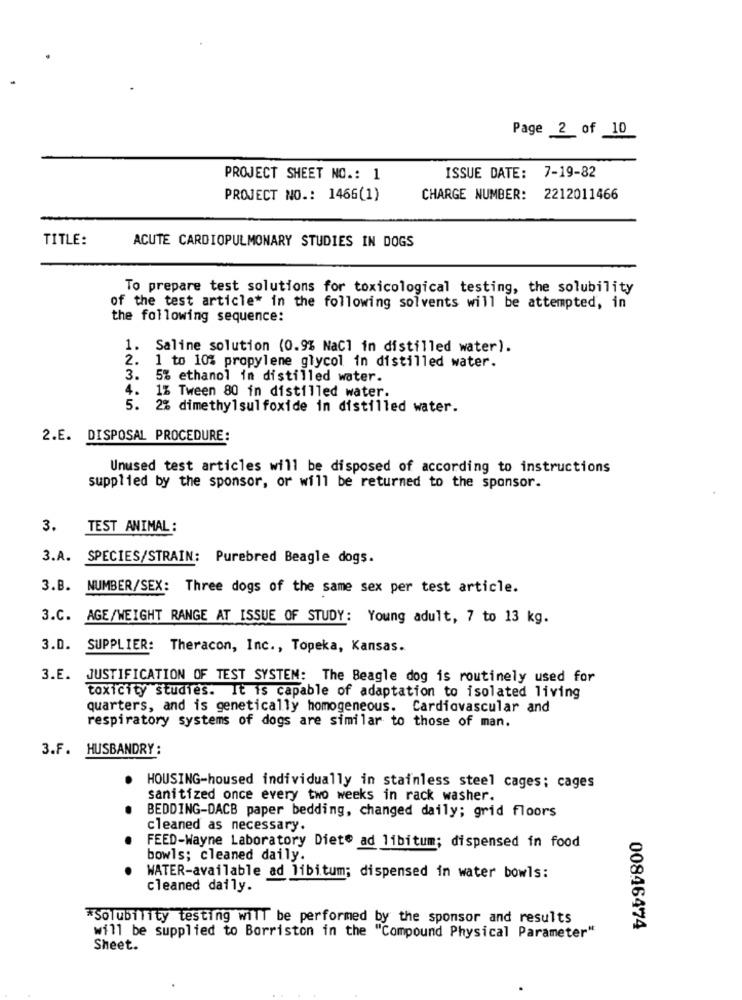
Page 2 of 10
PROJECT SHEET NO .: 1
ISSUE DATE: 7-19-82
PROJECT NO .: 1466(1)
CHARGE NUMBER: 2212011466
TITLE:
ACUTE CARDIOPULMONARY STUDIES IN DOGS
To prepare test solutions for toxicological testing, the solubility
of the test article* in the following solvents will be attempted, in
the following sequence:
1. Saline solution (0.9% NaCl in distilled water).
2.
1 to 10% propylene glycol in distilled water.
3.
5% ethanol in distilled water.
4.
1% Tween 80 in distilled water.
5.
2% dimethylsulfoxide in distilled water.
2.E. DISPOSAL PROCEDURE:
Unused test articles will be disposed of according to instructions
supplied by the sponsor, or will be returned to the sponsor.
3. TEST ANIMAL:
3.A. SPECIES/STRAIN: Purebred Beagle dogs.
3.B. NUMBER/SEX: Three dogs of the same sex per test article.
3.C. AGE/WEIGHT RANGE AT ISSUE OF STUDY: Young adult, 7 to 13 kg.
3.D.
SUPPLIER: Theracon, Inc ., Topeka, Kansas.
3.E. JUSTIFICATION OF TEST SYSTEM: The Beagle dog is routinely used for
toxicity studies. It is capable of adaptation to isolated living
quarters, and is genetically homogeneous. Cardiovascular and
respiratory systems of dogs are similar to those of man.
3.F. HUSBANDRY:
HOUSING-housed individually in stainless steel cages; cages
sanitized once every two weeks in rack washer.
BEDDING-DACB paper bedding, changed daily; grid floors
cleaned as necessary.
FEED-Wayne Laboratory Diete ad libitum; dispensed in food
bowls; cleaned daily.
WATER-available ad libitum; dispensed in water bowls:
cleaned daily.
*Solubility testing will be performed by the sponsor and results
00846474
will be supplied to Borriston in the "Compound Physical Parameter"
Sheet.